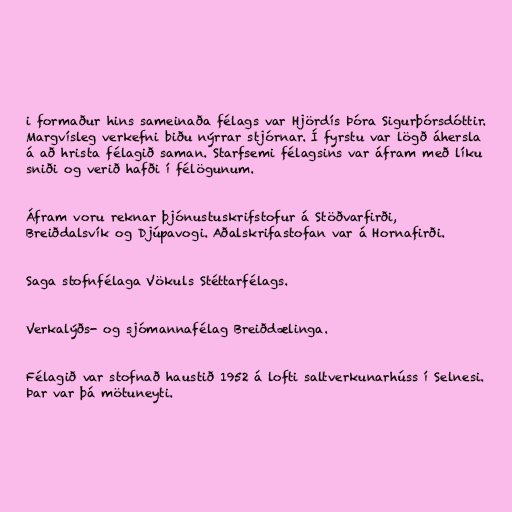
i formaður hins sameinaða félags var Hjördís Þóra Sigurþórsdóttir.
Margvísleg verkefni biðu nýrrar stjórnar. Í fyrstu var lögð áhersla
á að hrista félagið saman. Starfsemi félagsins var áfram með líku
sniði og verið hafði í félögunum.

Áfram voru reknar þjónustuskrifstofur á Stöðvarfirði,
Breiðdalsvík og Djúpavogi. Aðalskrifastofan var á Hornafirði.

Saga stofnfélaga Vökuls Stéttarfélags.

Verkalýðs- og sjómannafélag Breiðdælinga.

Félagið var stofnað haustið 1952 á lofti saltverkunarhúss í Selnesi.
Þar var þá mötuneyti.